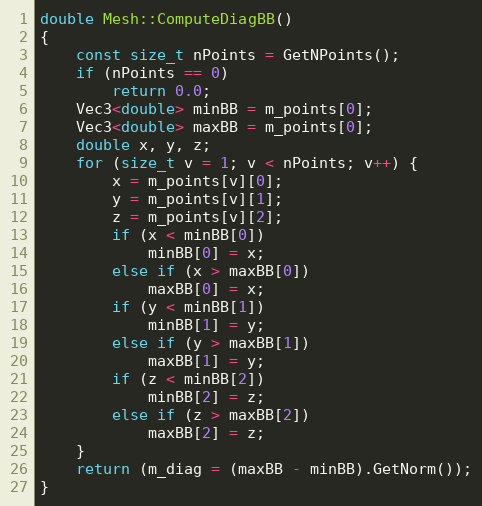
Language: C++
double Mesh::ComputeDiagBB()
{
    const size_t nPoints = GetNPoints();
    if (nPoints == 0)
        return 0.0;
    Vec3<double> minBB = m_points[0];
    Vec3<double> maxBB = m_points[0];
    double x, y, z;
    for (size_t v = 1; v < nPoints; v++) {
        x = m_points[v][0];
        y = m_points[v][1];
        z = m_points[v][2];
        if (x < minBB[0])
            minBB[0] = x;
        else if (x > maxBB[0])
            maxBB[0] = x;
        if (y < minBB[1])
            minBB[1] = y;
        else if (y > maxBB[1])
            maxBB[1] = y;
        if (z < minBB[2])
            minBB[2] = z;
        else if (z > maxBB[2])
            maxBB[2] = z;
    }
    return (m_diag = (maxBB - minBB).GetNorm());
}